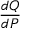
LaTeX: \frac { d Q } { d P }